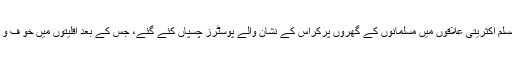
ریاستی دارالحکومت احمد آباد کے کچھ علاقوں سمیت گودھرا اور دیگر مسلم اکثریتی علاقوں میں مسلمانوں کے گھروں پرکراس کے نشان والے پوسٹرز چسپاں کئے گئے، جس کے بعد اقلیتوں میں خو ف و ہراس پھیل گیا اورآج حالت یہ ہے کہ کشیدگی بڑھتی ہی چلی جارہی ہے۔